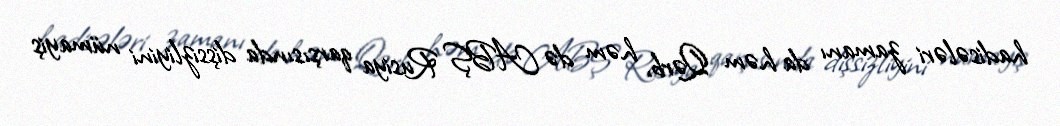
hadisələri zamanı da həm Qərb, həm də ABŞ Rusiya qarşısında dişsizliyini nümayiş